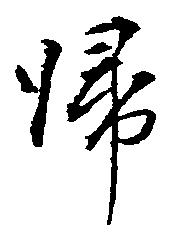
帰